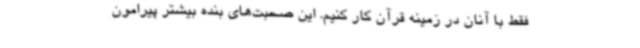
فقط با آنان در زمینه قرآن کار کنیم. این صحبت‌های بنده بیشتر پیرامون